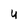
Character: u